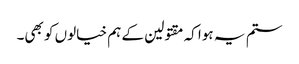
ستم یہ ہوا کہ مقتولین کے ہم خیالوں کو بھی۔